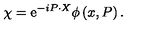
\chi = \mathrm { e } ^ { - i P \cdot X } \phi \left( x , P \right) .